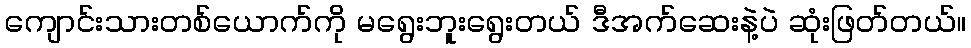
ကျောင်းသားတစ်ယောက်ကို မရွေးဘူးရွေးတယ် ဒီအက်ဆေးနဲ့ပဲ ဆုံးဖြတ်တယ်။